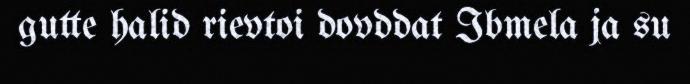
gutte halid rievtoi dovddat Ibmela ja su